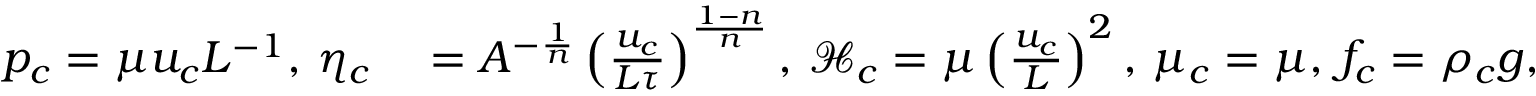
\begin{array} { r l } { p _ { c } = \mu u _ { c } L ^ { - 1 } , \, \eta _ { c } } & { { } = A ^ { - \frac { 1 } { n } } \left( \frac { u _ { c } } { L \tau } \right) ^ { \frac { 1 - n } { n } } , \, \mathcal { H } _ { c } = \mu \left( \frac { u _ { c } } { L } \right) ^ { 2 } , \, \mu _ { c } = \mu , \, f _ { c } = \rho _ { c } g , \, p _ { w c } = \rho _ { c } g L . } \end{array}